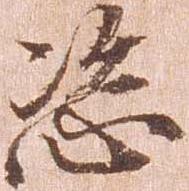
恣